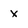
Character: x